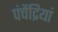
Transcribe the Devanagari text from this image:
पंचेंद्रियां